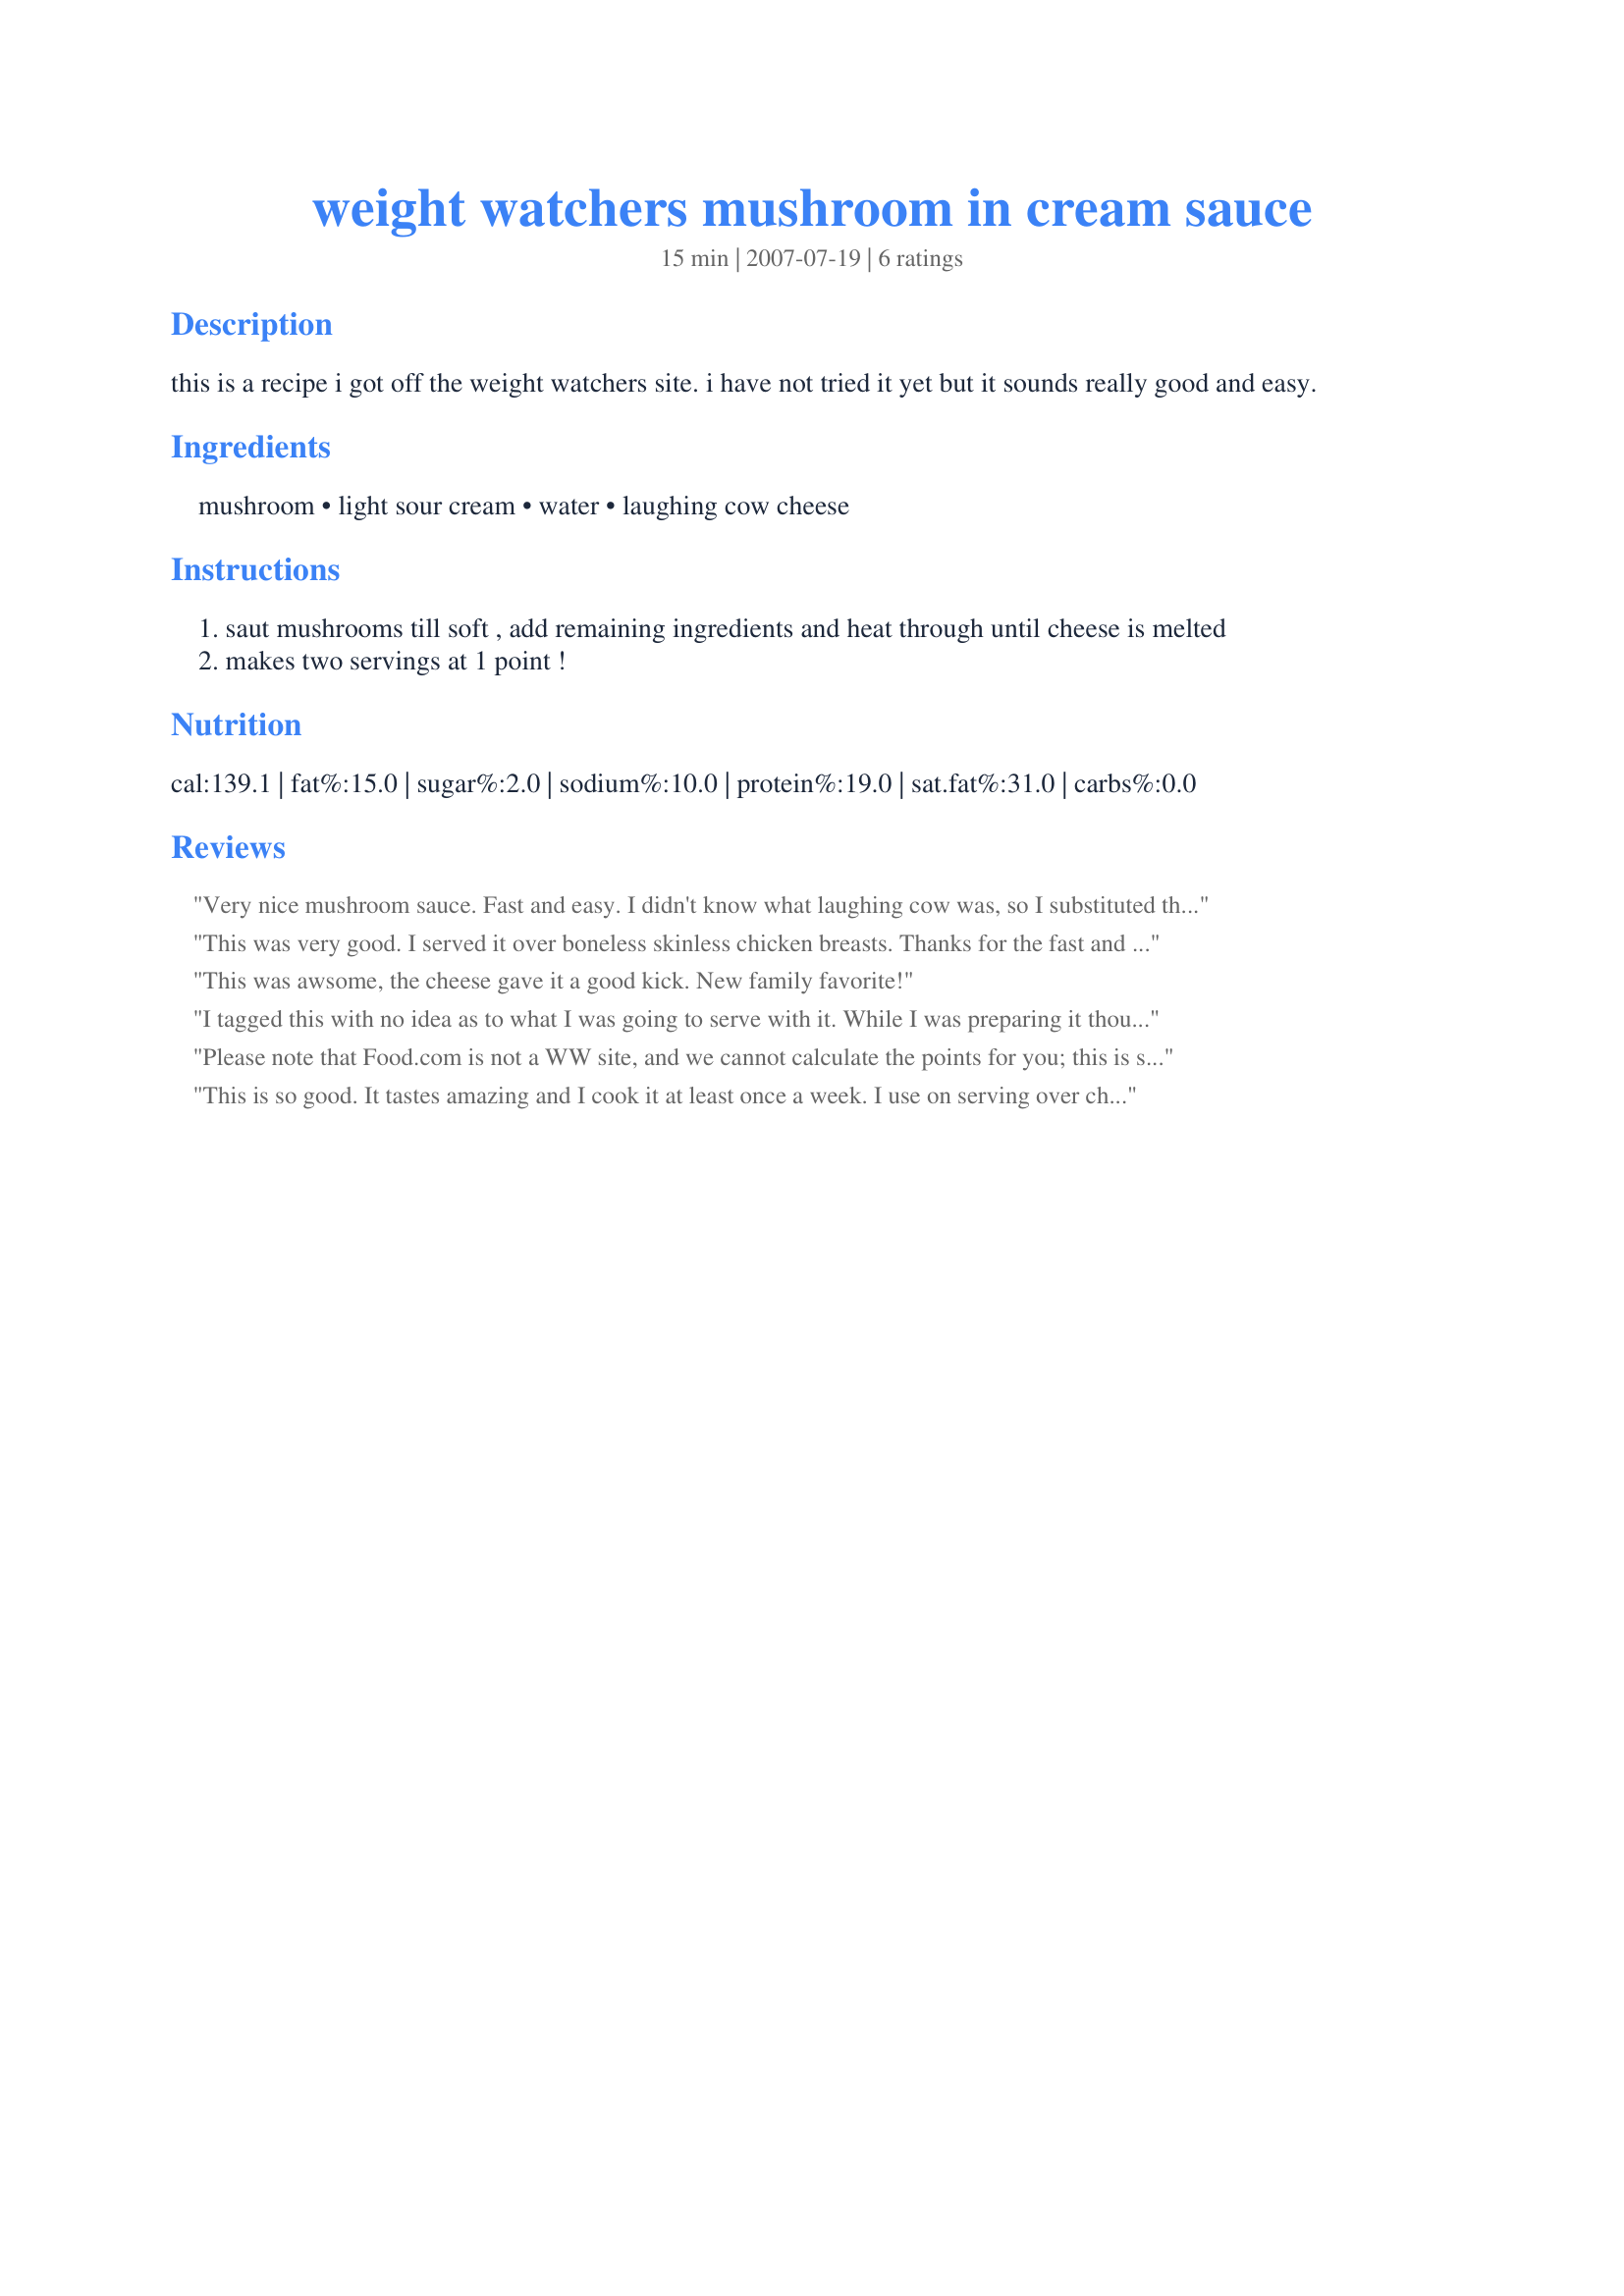
weight watchers mushroom in cream sauce
Preparation time: 15 minutes

this is a recipe i got off the weight watchers site. i have not tried it yet but it sounds really good and easy.

Ingredients:
mushroom, light sour cream, water, laughing cow cheese

Steps:
saut mushrooms till soft , add remaining ingredients and heat through until cheese is melted
makes two servings at 1 point !

Reviews:
Very nice mushroom sauce. Fast and easy. I didn't know what laughing cow was, so I substituted the cheese. Thanks for posting the recipe.
This was very good. I served it over boneless skinless chicken breasts. Thanks for the fast and delicious recipe!
This was awsome, the cheese gave it a good kick. New family favorite!
I tagged this with no idea as to what I was going to serve with it. While I was preparing it thoughts kept popping in to my mind. But my end result was to serve it as a stand along side dish. DH and I both enjoyed the mild cheesy flavor. Although this would be great served with angel hair pasta with a scattering of Parmesan cheese on top, we felt that it complemented what we had for dinner this evening. Thanks chris_tam for posting.
Please note that Food.com is not a WW site, and we cannot calculate the points for you; this is something you need to do with the tools that WW provided for you. WW also changes their point system every couple of years, so you&#039;ll need to use the current tools.
This is so good. It tastes amazing and I cook it at least once a week. I use on serving over chicken and the other over vegetables. YUMMY!
